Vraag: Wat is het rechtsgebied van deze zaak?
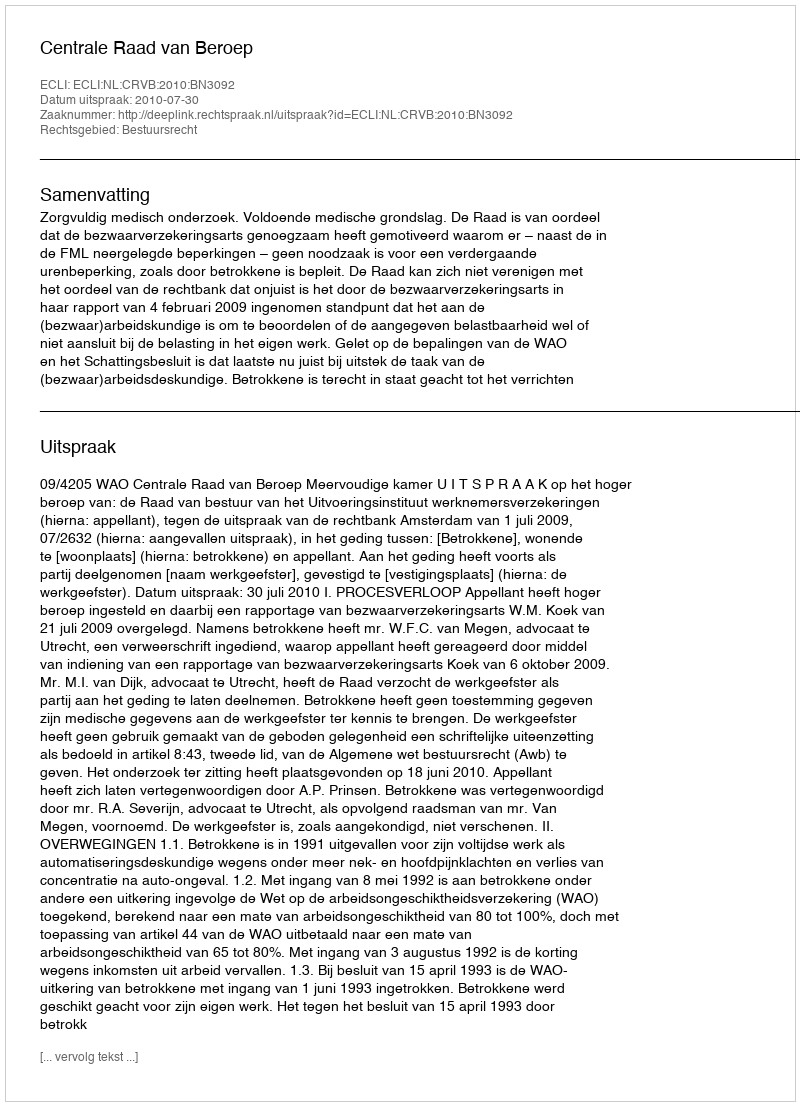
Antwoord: Bestuursrecht